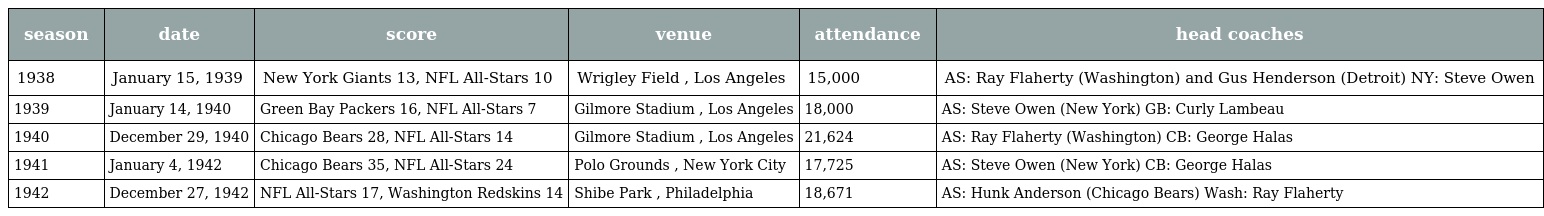
| season | date | score | venue | attendance | head coaches |
 | --- | --- | --- | --- | --- | --- |
 | 1938 | January 15, 1939 | New York Giants 13, NFL All-Stars 10 | Wrigley Field , Los Angeles | 15,000 | AS: Ray Flaherty (Washington) and Gus Henderson (Detroit) NY: Steve Owen |
 | 1939 | January 14, 1940 | Green Bay Packers 16, NFL All-Stars 7 | Gilmore Stadium , Los Angeles | 18,000 | AS: Steve Owen (New York) GB: Curly Lambeau |
 | 1940 | December 29, 1940 | Chicago Bears 28, NFL All-Stars 14 | Gilmore Stadium , Los Angeles | 21,624 | AS: Ray Flaherty (Washington) CB: George Halas |
 | 1941 | January 4, 1942 | Chicago Bears 35, NFL All-Stars 24 | Polo Grounds , New York City | 17,725 | AS: Steve Owen (New York) CB: George Halas |
 | 1942 | December 27, 1942 | NFL All-Stars 17, Washington Redskins 14 | Shibe Park , Philadelphia | 18,671 | AS: Hunk Anderson (Chicago Bears) Wash: Ray Flaherty |